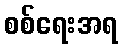
စစ်ရေးအရ